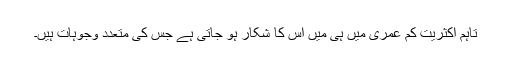
تاہم اکثریت کم عمری میں ہی میں اس کا شکار ہو جاتی ہے جس کی متعدد وجوہات ہیں۔